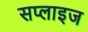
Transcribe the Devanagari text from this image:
सप्लाइज